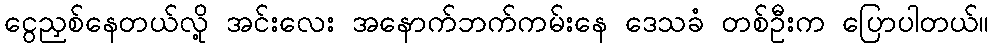
ငွေညှစ်နေတယ်လို့ အင်းလေး အနောက်ဘက်ကမ်းနေ ဒေသခံ တစ်ဦးက ပြောပါတယ်။